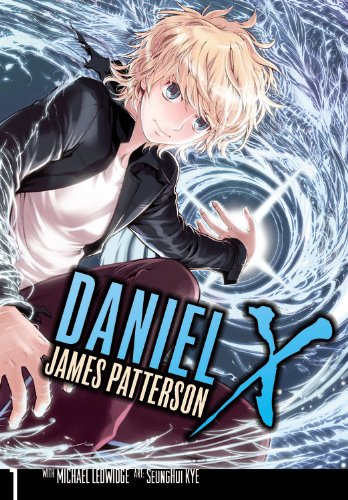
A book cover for Daniel X: The Manga, Vol. 1; James Patterson; Comics & Graphic Novels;